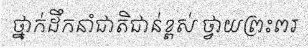
ថ្នាក់ដឹកនាំជាតិជាន់ខ្ពស់ ថ្វាយព្រះពរ